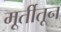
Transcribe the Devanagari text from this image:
मूर्तीतून